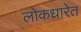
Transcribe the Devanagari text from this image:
लोकधारेत